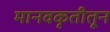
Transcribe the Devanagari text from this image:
मानवकृतीतून